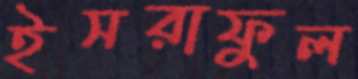
ইসরাফুল